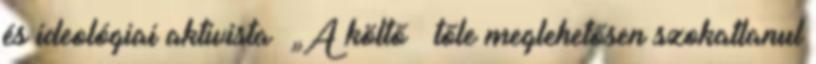
és ideológiai aktivista „A költő – tőle meglehetősen szokatlanul